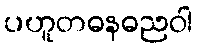
ပဟူတဓနဓညဝါ